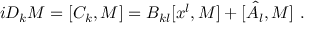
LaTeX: i D _ { k } M = [ C _ { k } , M ] = B _ { k l } [ x ^ { l } , M ] + [ \hat { A } _ { l } , M ] \ .